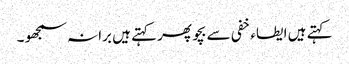
کہتے ہیں ایطاء خفی سے بچو پھر کہتے ہیں برا نہ سمجھو ۔